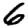
Digit: 6